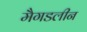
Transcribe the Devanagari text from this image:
मैगडलीन